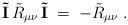
LaTeX: \begin{align*}{\mathbf{\tilde I}}\, {\tilde R}_{\mu\nu} \, {\mathbf{\tilde I}} \;=\; -{\tilde R}_{\mu\nu} \;.\end{align*}